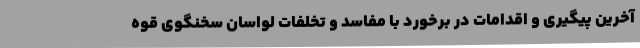
آخرین پیگیری و اقدامات در برخورد با مفاسد و تخلفات لواسان سخنگوی قوه